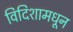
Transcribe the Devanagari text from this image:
विदिशामधून